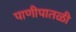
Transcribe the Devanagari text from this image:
पाणीपातळी